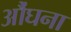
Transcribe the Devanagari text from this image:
औंघना